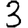
Digit: 3